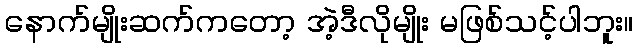
နောက်မျိုးဆက်ကတော့ အဲ့ဒီလိုမျိုး မဖြစ်သင့်ပါဘူး။